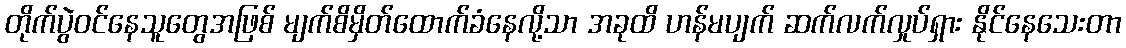
တိုက်ပွဲဝင်နေသူတွေအဖြစ် မျက်စိမှိတ်ထောက်ခံနေလို့သာ အခုထိ ဟန်မပျက် ဆက်လက်လှုပ်ရှား နိုင်နေသေးတာ